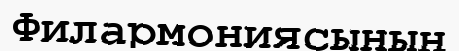
Филармониясының